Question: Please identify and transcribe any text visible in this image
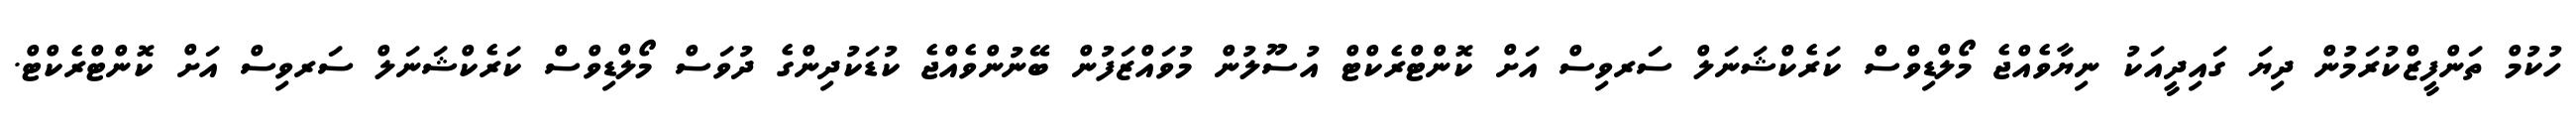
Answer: ހުކުމް ތަންފީޒްކުރަމުން ދިޔަ ގައިދީއަކު ނިޔާވެއްޖެ މޯލްޑިވްސް ކަރެކްޝަނަލް ސަރވިސް އަށް ކޮންޓްރެކްޓް އުސޫލުން މުވައްޒަފުން ބޭނުންވެއްޖެ ކުޑަކުދިންގެ ދުވަސް މޯލްޑިވްސް ކަރެކްޝަނަލް ސަރވިސް އަށް ކޮންޓްރެކްޓް.